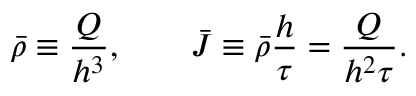
\bar { \rho } \equiv \frac { Q } { h ^ { 3 } } , \qquad \bar { J } \equiv \bar { \rho } \frac { h } { \tau } = \frac { Q } { h ^ { 2 } \tau } .